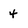
Character: 4